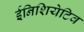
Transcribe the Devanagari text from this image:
ईनिशियेटिव